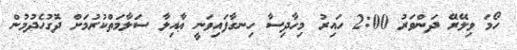
ހޯމަ ވިލޭރޭ ދަންވަރު 2:00 ހައިިރު މިހާދިސާ ހިނގާފައިވަނީ ޢާއިލާ ސަލާމަތްކުރުމަށް ދޮގުހެދުމުން